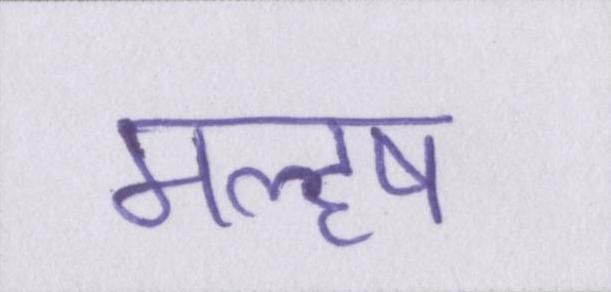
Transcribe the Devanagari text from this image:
महॢष